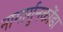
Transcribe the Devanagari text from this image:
नागार्गुनकोंडा